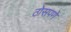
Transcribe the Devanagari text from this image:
ठोसपणे